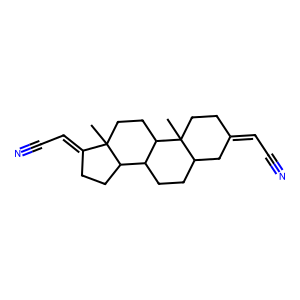
SMILES: CC12CCC3C(CCC4CC(=CC#N)CCC43C)C1CCC2=CC#N
Inhibits HIV replication: No